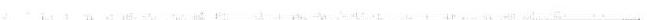
___